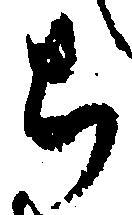
ち